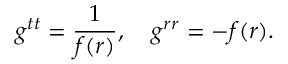
g ^ { t t } = \frac { 1 } { f ( r ) } , \quad g ^ { r r } = - f ( r ) .